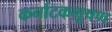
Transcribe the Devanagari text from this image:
कर्नाटकभूषण